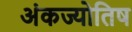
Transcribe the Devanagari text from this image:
अंकज्योतिष